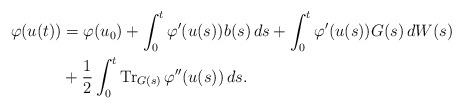
LaTeX: \begin{align*} \varphi(u(t)) &= \varphi(u_0) + \int_0^t \varphi'(u(s))b(s)\,ds + \int_0^t \varphi'(u(s))G(s)\,dW(s)\\ &+ \frac12 \int_0^t \operatorname{Tr}_{G(s)} \varphi''(u(s))\,ds. \end{align*}